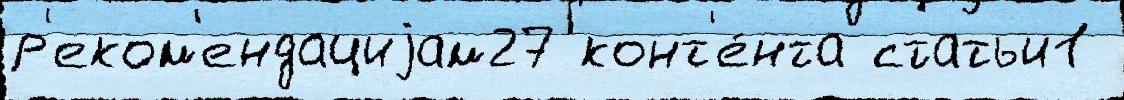
р'еком'ендациjам27 конт'е́нта статьи1